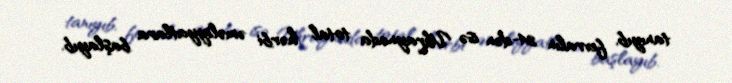
tanıyıb, fevralın 24-dən isə Ukraynada total hərbi əməliyyatlara başlayıb.